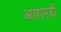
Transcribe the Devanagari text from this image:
आयएमडी